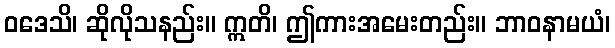
ဝဒေသိ၊ ဆိုလိုသနည်း။ ဣတိ၊ ဤကားအမေးတည်း။ ဘာဝနာမယံ၊